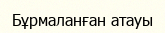
Бұрмаланған атауы